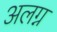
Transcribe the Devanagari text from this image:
अलग्न